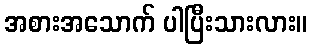
အစားအသောက် ပါပြီးသားလား။